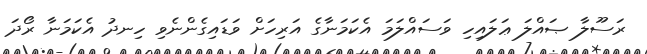
ރަސޫލާ ޞައްލަ ޢަލައިހި ވަސައްލަމަ އެކަމަނާގެ އަރިހަށް ވަޑައިގެންނެވި ހިނދު އެކަމަނާ ރޯދަ